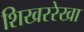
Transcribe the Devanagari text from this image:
शिखररेखा